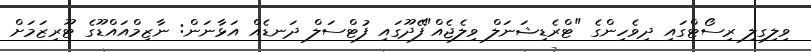
ވިލިގިލި ރިސޯޓްގައި ދިވެހިންގެ "ޓްރެޑިޝަނަލް ވިލެޖެއް"ފޭދޫގައި ފުޓްސަލް ދަނޑެއް އަޅާނަން: ނާޒިމްއައްޑޫގެ ޓޫރިޒަމަށް